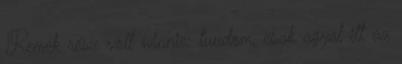
Remek rész volt winnie: tuudom, csak agyal itt az